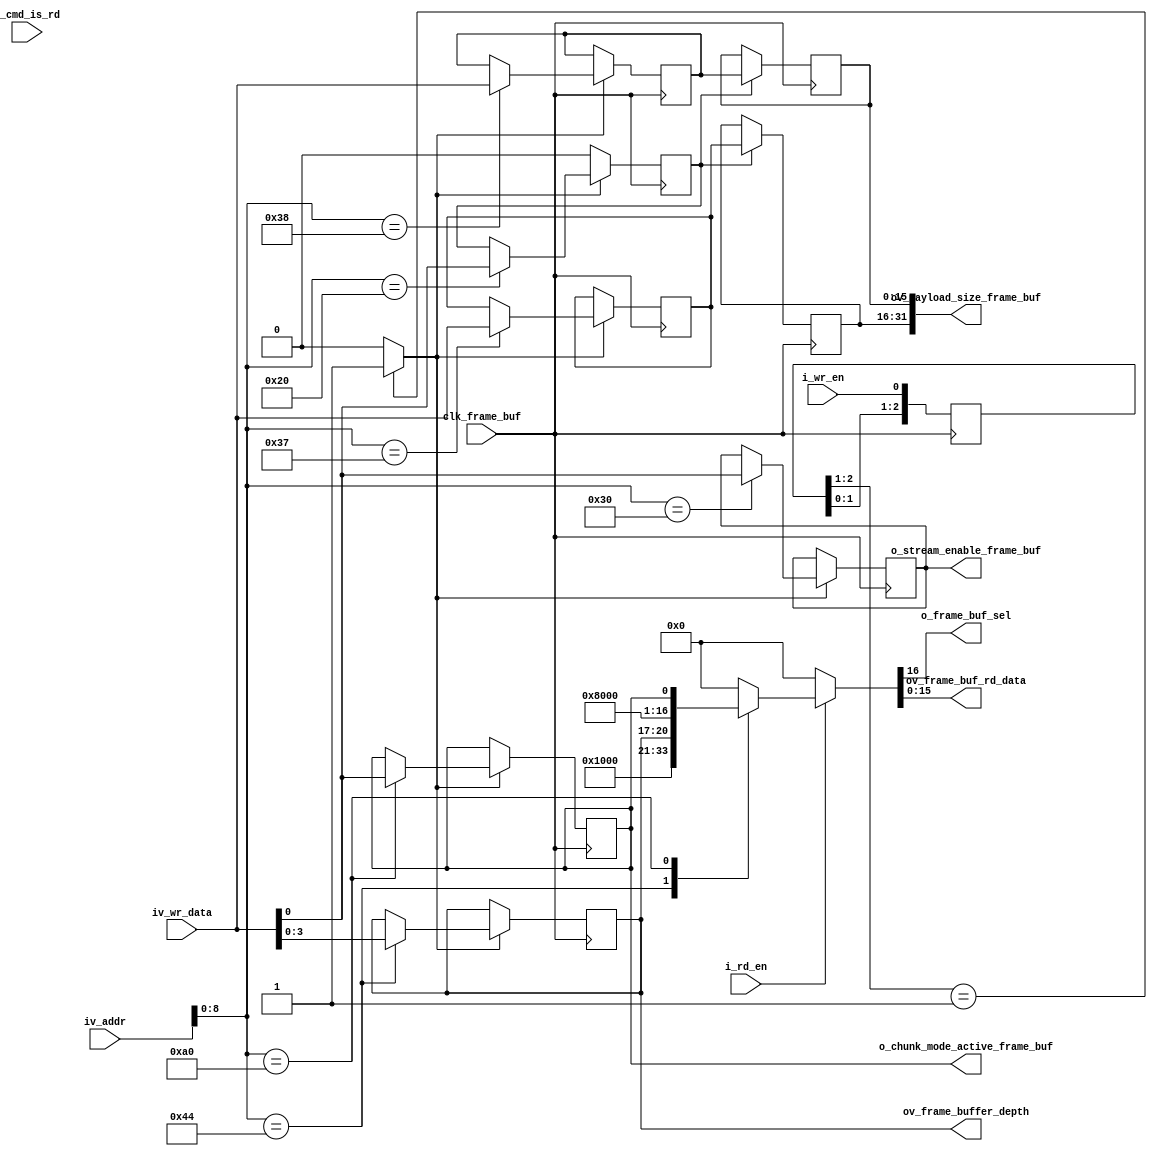
//-------------------------------------------------------------------------------------------------
//  --    : , 2010 -2015.
//  --      .
//  --          : FPGA
//  --        : frame_buf_reg_list
//  --        : 
//-------------------------------------------------------------------------------------------------
//
//  --  :
//
//  --          :| 				:|  
//-------------------------------------------------------------------------------------------------
//  --        :| 2015/3/6 10:45:54	:|  
//-------------------------------------------------------------------------------------------------
//
//  --      : frame_buf
//              1)  : ... ...
//
//              2)  : ... ...
//
//              3)  : ... ...
//
//-------------------------------------------------------------------------------------------------
///
`timescale 1ns/1ps
//-------------------------------------------------------------------------------------------------

module frame_buf_reg_list # (
	parameter		SPI_ADDR_LENGTH			= 16	,	//spi 
	parameter		SHORT_REG_WD			= 16	,	//
	parameter		REG_WD					= 32	,	//
	parameter		LONG_REG_WD				= 64	,	//
	parameter		BUF_DEPTH_WD			= 4		,	//,8
	parameter		REG_INIT_VALUE			= "TRUE"	//
	)
	(
	//  ===============================================================================================
	//	
	//  ===============================================================================================
	//  -------------------------------------------------------------------------------------
	//	spi
	//  -------------------------------------------------------------------------------------
	input								i_wr_en					,	//clk_sample
	input								i_rd_en					,	//clk_sample
	input								i_cmd_is_rd				,	//clk_sample
	input	[SPI_ADDR_LENGTH-1:0]		iv_addr					,	//clk_sample
	input	[SHORT_REG_WD-1:0]			iv_wr_data				,	//clk_sample
	//  -------------------------------------------------------------------------------------
	//	frame buf 
	//  -------------------------------------------------------------------------------------
	input								clk_frame_buf			,	//100MHz
	output								o_frame_buf_sel			,	//
	output	[SHORT_REG_WD-1:0]			ov_frame_buf_rd_data	,	//

	//  ===============================================================================================
	//	
	//  ===============================================================================================
	//  -------------------------------------------------------------------------------------
	//	
	//  -------------------------------------------------------------------------------------
	output								o_stream_enable_frame_buf		,	//clk_frame_buf
	//  -------------------------------------------------------------------------------------
	//	frame buffer
	//  -------------------------------------------------------------------------------------
	output	[REG_WD-1:0]				ov_payload_size_frame_buf		,	//clk_frame_buf64bit32bit32bit0
	output	[BUF_DEPTH_WD-1:0]			ov_frame_buffer_depth			,	//clk_frame_buf2-8
	output								o_chunk_mode_active_frame_buf		//clk_frame_bufchunk
	);

	//	ref signals
	//	-------------------------------------------------------------------------------------
	//	
	//	2592*1944
	//	-------------------------------------------------------------------------------------
	//	localparam	INIT_VALUE_SE				= (REG_INIT_VALUE=="TRUE") ? 1'b1 : 1'b0;
	localparam	INIT_VALUE_SE				= 1'b0;
	localparam	INIT_VALUE_PAYLOAD_SIZE_3	= (REG_INIT_VALUE=="TRUE") ? 16'h004c : {SHORT_REG_WD{1'b0}};
	localparam	INIT_VALUE_PAYLOAD_SIZE_4	= (REG_INIT_VALUE=="TRUE") ? 16'he300 : {SHORT_REG_WD{1'b0}};


	//  ===============================================================================================
	//	
	//  ===============================================================================================
	reg		[2:0]					wr_en_shift				= 3'b0;
	wire							wr_en_rise				;
	reg		[SHORT_REG_WD:0]		data_out_reg			= {(SHORT_REG_WD+1){1'b0}};

	//  ===============================================================================================
	//	
	//  ===============================================================================================
	//  -------------------------------------------------------------------------------------
	//	
	//  -------------------------------------------------------------------------------------
	reg								param_cfg_done			= 1'b0;
	reg								stream_enable_frame_buf	= INIT_VALUE_SE;
	//  -------------------------------------------------------------------------------------
	//	frame buffer
	//  -------------------------------------------------------------------------------------
	reg		[SHORT_REG_WD-1:0]		payload_size_3			= INIT_VALUE_PAYLOAD_SIZE_3;
	reg		[SHORT_REG_WD-1:0]		payload_size_3_group	= INIT_VALUE_PAYLOAD_SIZE_3;
	reg		[SHORT_REG_WD-1:0]		payload_size_4			= INIT_VALUE_PAYLOAD_SIZE_4;
	reg		[SHORT_REG_WD-1:0]		payload_size_4_group	= INIT_VALUE_PAYLOAD_SIZE_4;
	reg		[BUF_DEPTH_WD-1:0]		frame_buffer_depth		= 2;
	reg								chunk_mode_active		= 1'b0;

	//	ref ARCHITECTURE

	//  ===============================================================================================
	//	ref ******
	//  ===============================================================================================
	//  -------------------------------------------------------------------------------------
	//	-- ref 
	//  -------------------------------------------------------------------------------------
	//  -------------------------------------------------------------------------------------
	//	pix 
	//  -------------------------------------------------------------------------------------
	always @ (posedge clk_frame_buf) begin
		wr_en_shift	<= {wr_en_shift[1:0],i_wr_en};
	end
	assign	wr_en_rise	= (wr_en_shift[2:1]==2'b01) ? 1'b1 : 1'b0;

	//  -------------------------------------------------------------------------------------
	//	-- ref 
	//	 wr_en_rise iv_addr
	//  -------------------------------------------------------------------------------------
	always @ (posedge clk_frame_buf) begin
		if(wr_en_rise) begin
			case(iv_addr[8:0])
				//  -------------------------------------------------------------------------------------
				//	
				//  -------------------------------------------------------------------------------------
				9'h20	: param_cfg_done			<= iv_wr_data[0];
				9'h30	: stream_enable_frame_buf	<= iv_wr_data[0];
				//  -------------------------------------------------------------------------------------
				//	frame buffer
				//  -------------------------------------------------------------------------------------
				9'h37	: payload_size_3			<= iv_wr_data[SHORT_REG_WD-1:0];
				9'h38	: payload_size_4			<= iv_wr_data[SHORT_REG_WD-1:0];
				9'h44	: frame_buffer_depth		<= iv_wr_data[BUF_DEPTH_WD-1:0];
				9'ha0	: chunk_mode_active			<= iv_wr_data[0];
				default : ;
			endcase
		end
		else begin
			//
			param_cfg_done	<= 1'b0;
		end
	end

	//  -------------------------------------------------------------------------------------
	//	-- ref 
	//  -------------------------------------------------------------------------------------
	//  -------------------------------------------------------------------------------------
	//	
	//  -------------------------------------------------------------------------------------
	always @ (posedge clk_frame_buf) begin
		if(param_cfg_done) begin
			payload_size_3_group	<= payload_size_3;
			payload_size_4_group	<= payload_size_4;
		end
	end

	//  -------------------------------------------------------------------------------------
	//	-- ref 
	//  -------------------------------------------------------------------------------------
	assign	o_stream_enable_frame_buf		= stream_enable_frame_buf;
	//  -------------------------------------------------------------------------------------
	//	frame buffer
	//  -------------------------------------------------------------------------------------
	assign	ov_payload_size_frame_buf		= {payload_size_3_group,payload_size_4_group};
	assign	ov_frame_buffer_depth			= frame_buffer_depth;
	assign	o_chunk_mode_active_frame_buf	= chunk_mode_active;

	//  ===============================================================================================
	//	ref ******
	//  ===============================================================================================
	//  -------------------------------------------------------------------------------------
	//	-- ref 
	//	, data_out_reg bit
	//	i_rd_en iv_addr 
	//  -------------------------------------------------------------------------------------
	always @ ( * ) begin
		//sel
		if(i_rd_en) begin
			case(iv_addr[8:0])
				//  -------------------------------------------------------------------------------------
				//	
				//  -------------------------------------------------------------------------------------
				//				9'h20	: data_out_reg	<= {1'b1,{(SHORT_REG_WD-1){1'b0}},param_cfg_done};	//pix 
				//				9'h30	: data_out_reg	<= {1'b1,{(SHORT_REG_WD-1){1'b0}},stream_enable_frame_buf};	//pix 
				//  -------------------------------------------------------------------------------------
				//	u3 interface
				//  -------------------------------------------------------------------------------------
				//read write
				//				9'h35	: data_out_reg	<= {1'b1,{SHORT_REG_WD{1'b0}}};	//payload_size1	//pix 
				//				9'h36	: data_out_reg	<= {1'b1,{SHORT_REG_WD{1'b0}}};	//payload_size2	//pix 
				//				9'h37	: data_out_reg	<= {1'b1,payload_size_3[SHORT_REG_WD-1:0]};	//pix 
				//				9'h38	: data_out_reg	<= {1'b1,payload_size_4[SHORT_REG_WD-1:0]};	//pix 
				9'h44	: data_out_reg	<= {1'b1,{(SHORT_REG_WD-BUF_DEPTH_WD){1'b0}},frame_buffer_depth[BUF_DEPTH_WD-1:0]};
				9'ha0	: data_out_reg	<= {1'b1,{(SHORT_REG_WD-1){1'b0}},chunk_mode_active};

				default	: data_out_reg	<= {(SHORT_REG_WD+1){1'b0}};

			endcase
		end
		//sel0
		else begin
			data_out_reg	<= {(SHORT_REG_WD+1){1'b0}};
		end
	end
	assign	o_frame_buf_sel			= data_out_reg[SHORT_REG_WD];
	assign	ov_frame_buf_rd_data	= data_out_reg[SHORT_REG_WD-1:0];


endmodule